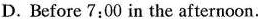
D. Before 7:00 in the afternoon.